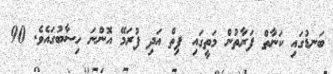
ބަނޑުގައި ކަނާތް ފަރާތުން މަތީގައި ފިތް އަދި ފުރަމޭ އޮންނަ ހިސާބުގައެވެ. 90